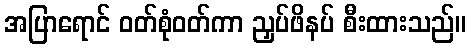
အပြာရောင် ဝတ်စုံဝတ်ကာ ညှပ်ဖိနပ် စီးထားသည်။